Indian journal of veterinary science and animal husbandry - Volumes 22-23, 1952-1953
Year: 1952
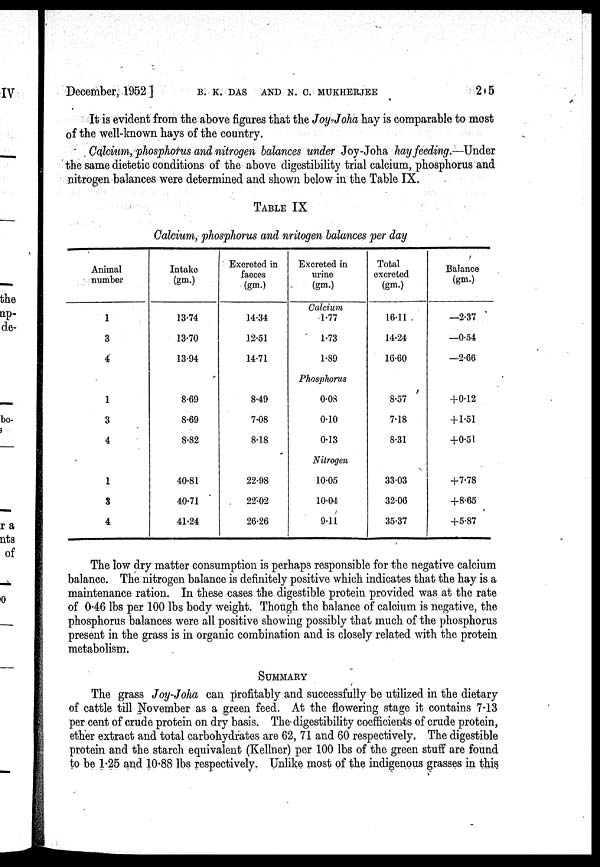
December, 1952 ]
B. K. DAS AND N. C. MUKHERJEE
215
It is evident from the above figures that the Joy-Joha hay is comparable to most
of the well-known hays of the country.
Calcium, phosphorus and nitrogen balances under Joy-Joha hay feeding.—Under
the same dietetic conditions of the above digestibility trial calcium, phosphorus and
nitrogen balances were determined and shown below in the Table IX.
TABLE IX
Calcium, phosphorus and mitogen balances per day
Animal
number
1
3
4
1
3
4
1
3
4
Intake
(gm.)
13.74
13.70
13.94
.
8.69
8.69
8.82
40.81
40.71
41.24
Excreted in
faeces
(gm.)
14.34
12.51
14.71
8.49
7.08
8.18
22.98
22.02
26.26
Excreted in
urine
(gm.)
Calcium
1.77
1.73
1.89
Phosphorus
0.08
0.10
0.13
Nitrogen
10.05
10.04
9.11
Total
excreted
(gm.)
16.11
14.24
16.60
8.57
7.18
8.31
33.03
32.06
35.37
Balance
(gm.)
—2.37
—0.54
—2.66
+0.12
+ 1.51
+0.51
+7.78
+8.65
+5.87
The low dry matter consumption is perhaps responsible for the negative calcium
balance. The nitrogen balance is definitely positive which indicates that the hay is a
maintenance ration. In these cases the digestible protein provided was at the rate
of 0.46 lbs per 100 lbs body weight. Though the balance of calcium is negative, the
phosphorus balances were all positive showing possibly that much of the phosphorus
present in the grass is in organic combination and is closely related with the protein
metabolism.
SUMMARY
The grass Joy-Joha can profitably and successfully be utilized in the dietary
of cattle till November as a green feed. At the flowering stage it contains 7.13
per cent of crude protein on dry basis. The digestibility coefficients of crude protein,
ether extract and total carbohydrates are 62, 71 and 60 respectively. The digestible
protein and the starch equivalent (Kellner) per 100 lbs of the green stuff are found
to be 1.25 and 10.88 lbs respectively. Unlike most of the indigenous grasses in this